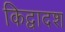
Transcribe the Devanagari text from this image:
किद्वादश